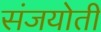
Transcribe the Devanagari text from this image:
संजयोती